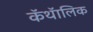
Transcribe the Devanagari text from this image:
कॅथॅालिक